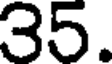
35.